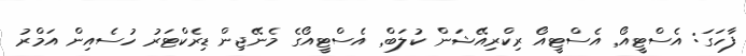
ފާހަގަ: އެސްޓީއޯ